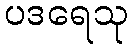
ပဒရေသု